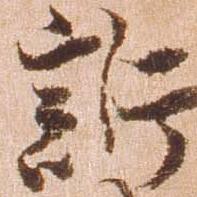
訴